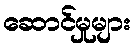
ဆောင်မှုများ